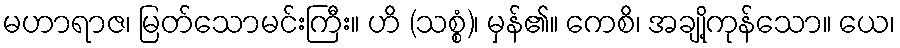
မဟာရာဇ၊ မြတ်သောမင်းကြီး။ ဟိ (သစ္စံ)၊ မှန်၏။ ကေစိ၊ အချို့ကုန်သော။ ယေ၊